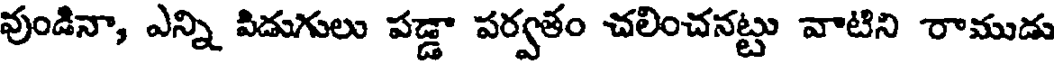
వుండినా, ఎన్ని పిడుగులు పడ్డా పర్వతం చలించనట్టు వాటిని రాముడు